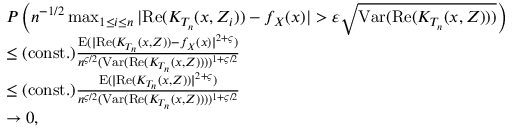
\begin{array} { r l } & { P \left( n ^ { - 1 / 2 } \operatorname* { m a x } _ { 1 \leq i \leq n } | \mathrm { R e } ( K _ { T _ { n } } ( x , Z _ { i } ) ) - f _ { X } ( x ) | > \varepsilon \sqrt { \mathrm { V a r } ( \mathrm { R e } ( K _ { T _ { n } } ( x , Z ) ) ) } \right) } \\ & { \leq \mathrm { ( c o n s t . ) } \frac { \mathrm { E } ( | \mathrm { R e } ( K _ { T _ { n } } ( x , Z ) ) - f _ { X } ( x ) | ^ { 2 + \varsigma } ) } { n ^ { \varsigma / 2 } ( \mathrm { V a r } ( \mathrm { R e } ( K _ { T _ { n } } ( x , Z ) ) ) ) ^ { 1 + \varsigma / 2 } } } \\ & { \leq \mathrm { ( c o n s t . ) } \frac { \mathrm { E } ( | \mathrm { R e } ( K _ { T _ { n } } ( x , Z ) ) | ^ { 2 + \varsigma } ) } { n ^ { \varsigma / 2 } ( \mathrm { V a r } ( \mathrm { R e } ( K _ { T _ { n } } ( x , Z ) ) ) ) ^ { 1 + \varsigma / 2 } } } \\ & { \rightarrow 0 , } \end{array}